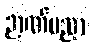
ဉာဏ်ပညာ